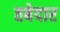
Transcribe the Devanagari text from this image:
तबेदार